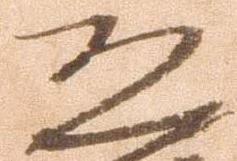
恐